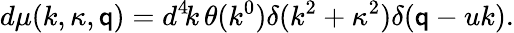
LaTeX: d\mu(k,\kappa,\mathsf{q})=d^{4}\! k\, \theta(k^{0})\delta(k^{2}+\kappa^{2})\delta(\mathsf{q}-uk).